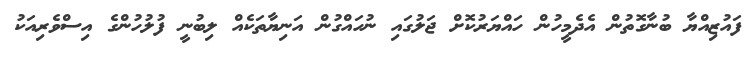
ފައުޒިއްޔާ ބުނާގޮތުން އެދެމީހުން ހައްޔަރުކޮށް ޖަލުގައި ނުހައްގުން އަނިޔާތަކެއް ލިބުނީ ފުލުހުންގެ އިސްވެރިއަކު